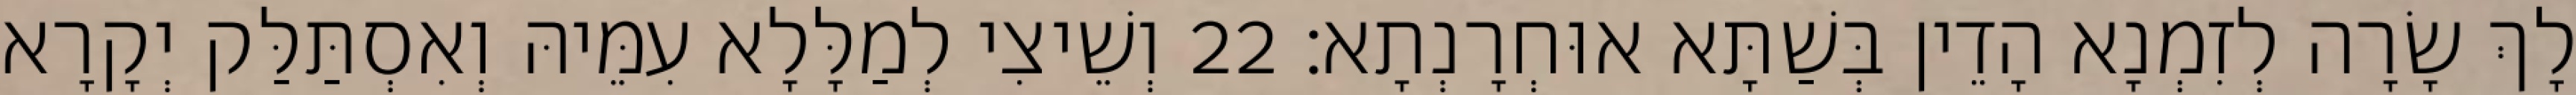
לָךְ שָׂרָה לְזִמְנָא הָדֵין בְּשַׁתָּא אוּחְרָנְתָא׃ 22 וְשֵׁיצִי לְמַלָּלָא עִמֵּיהּ וְאִסְתַּלַּק יְקָרָא